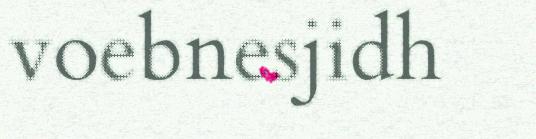
voebnesjidh